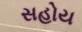
સહોય